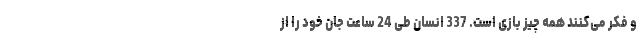
و فکر می‌کنند همه چیز بازی است. 337 انسان طی 24 ساعت جان خود را از